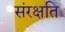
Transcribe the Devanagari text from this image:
संरक्षति